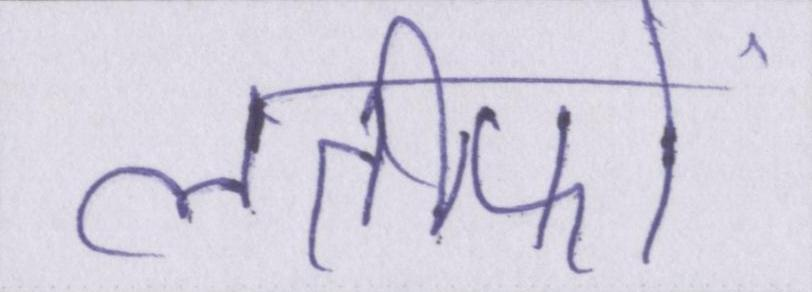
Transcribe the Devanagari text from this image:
लतीफों